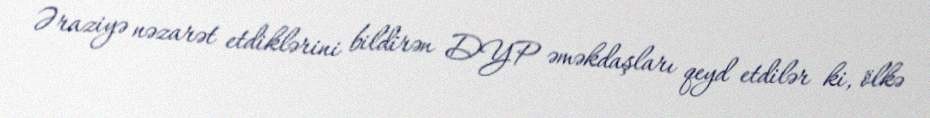
Əraziyə nəzarət etdiklərini bildirən DYP əməkdaşları qeyd etdilər ki, ölkə